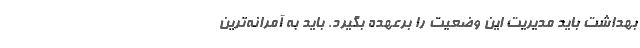
بهداشت باید مدیریت این وضعیت را برعهده بگیرد. باید به آمرانه‌ترین